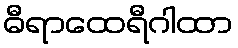
ဓီရာထေရီဂါထာ